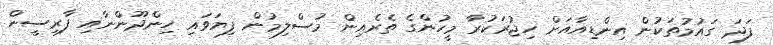
ފަދަ ގައުމުތަކުން އިންޑިއާއަށް ހިޖުރަކުރާ މީހުންގެ ތެރެއިން މުސްލިމުން ފިޔަވައި ހިންދޫންނާއި ފާރިސީން